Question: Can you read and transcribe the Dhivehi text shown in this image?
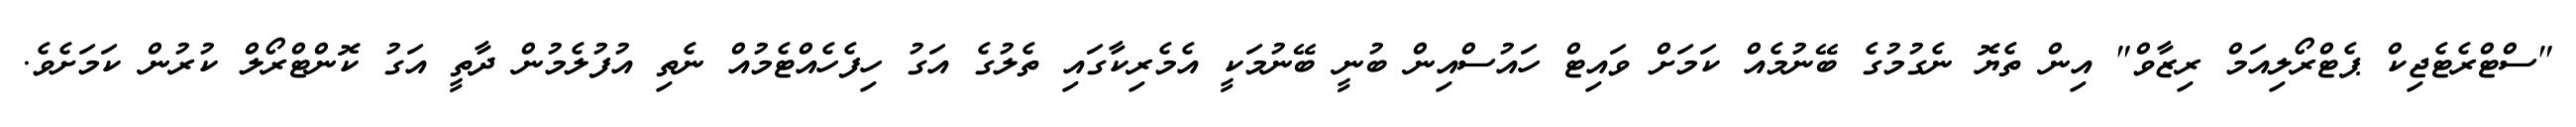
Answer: "ސްޓްރެޓެޖިކް ޕެޓްރޯލިއަމް ރިޒާވް" އިން ތެޔޮ ނެގުމުގެ ބޭނުމެއް ކަމަށް ވައިޓް ހައުސްއިން ބުނީ ބޭނުމަކީ އެމެރިކާގައި ތެލުގެ އަގު ހިފެހެއްޓެމުއް ނެތި އުފުލެމުން ދާތީ އަގު ކޮންޓްރޯލް ކުރުން ކަމަށެވެ.